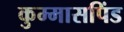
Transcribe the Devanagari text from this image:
कुम्मासपिंड